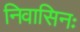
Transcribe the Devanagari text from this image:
निवासिनः